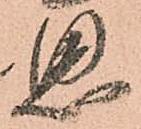
思